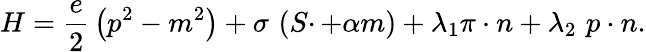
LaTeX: H=\frac e2\, \left(p^{2}-m^{2}\right)+\sigma\, \left(S\cdotp+\alpha m\right)+\lambda_{1}\pi\cdot n+\lambda_{2}\, \, p\cdot n.